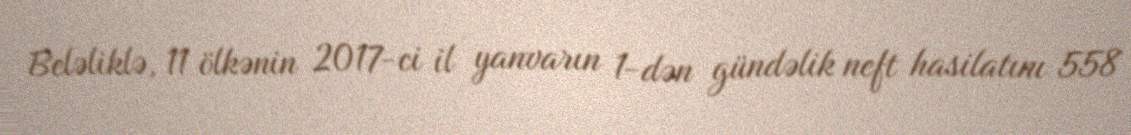
Beləliklə, 11 ölkənin 2017-ci il yanvarın 1-dən gündəlik neft hasilatını 558